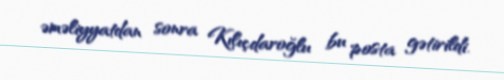
əməliyyatdan sonra Kılıçdaroğlu bu posta gətirildi.